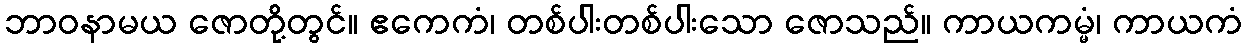
ဘာဝနာမယ ဇောတို့တွင်။ ဧကေကံ၊ တစ်ပါးတစ်ပါးသော ဇောသည်။ ကာယကမ္မံ၊ ကာယကံ